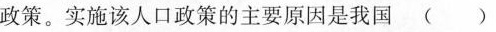
政策。实施该人口政策的主要原因是我国( )